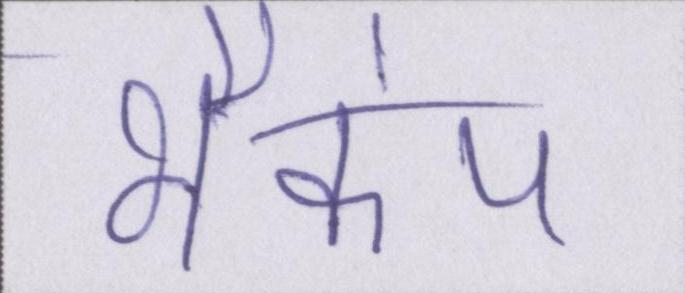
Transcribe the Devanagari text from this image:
भैकंप